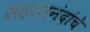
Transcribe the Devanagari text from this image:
सहजानंदांचे